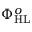
\Phi _ { \mathrm { H L } } ^ { o }